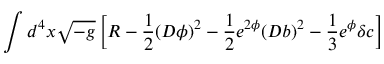
\int d ^ { 4 } x \sqrt { - g } \left[ R - \frac { 1 } { 2 } ( D \phi ) ^ { 2 } - \frac { 1 } { 2 } e ^ { 2 \phi } ( D b ) ^ { 2 } - \frac { 1 } { 3 } e ^ { \phi } \delta c \right]